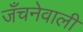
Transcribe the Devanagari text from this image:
जँचनेवाली